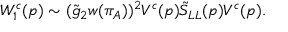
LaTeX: W _ { 1 } ^ { c } ( p ) \sim ( \tilde { g } _ { 2 } w ( \pi _ { A } ) ) ^ { 2 } V ^ { c } ( p ) \tilde { S } _ { L L } ( p ) V ^ { c } ( p ) .